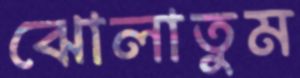
ঝোলাতুম